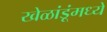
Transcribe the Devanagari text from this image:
खेळांडूंमध्ये